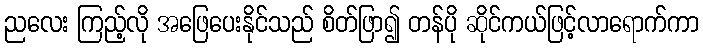
ညလေး ကြည့်လို အဖြေပေးနိုင်သည် စိတ်ဖြာ၍ တန်ပို ဆိုင်ကယ်ဖြင့်လာရောက်ကာ